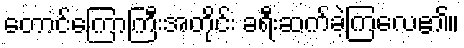
တောင်ကြောကြီးအတိုင်း ခရီးဆက်ခဲ့ကြလေ၏။